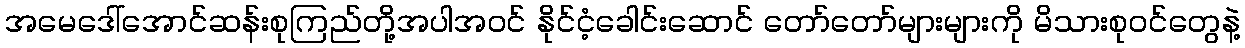
အမေဒေါ်အောင်ဆန်းစုကြည်တို့အပါအဝင် နိုင်ငံ့ခေါင်းဆောင် တော်တော်များများကို မိသားစုဝင်တွေနဲ့